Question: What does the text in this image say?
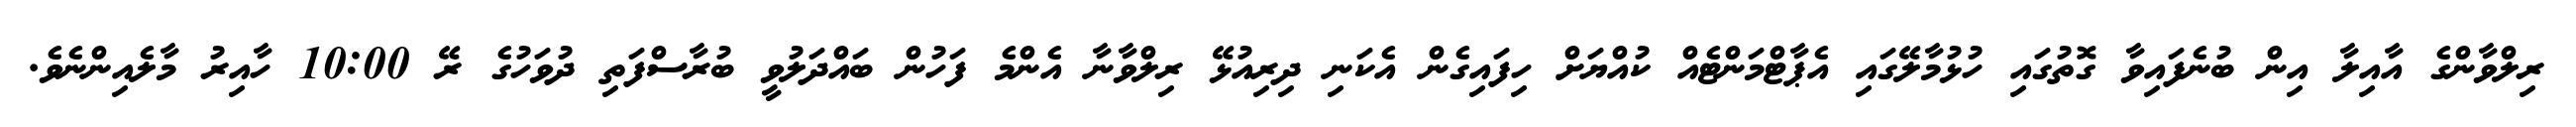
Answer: ރިލްވާންގެ އާއިލާ އިން ބުނެފައިވާ ގޮތުގައި ހުޅުމާލޭގައި އެޕާޓްމަންޓެއް ކުއްޔަށް ހިފައިގެން އެކަނި ދިރިއުޅޭ ރިލްވާނާ އެންމެ ފަހުން ބައްދަލުވީ ބުރާސްފަތި ދުވަހުގެ ރޭ 10:00 ހާއިރު މާލެއިންނެވެ.